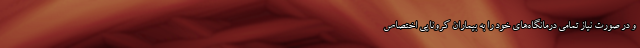
و در صورت نیاز تمامی درمانگاه‌های خود را به بیماران کرونایی اختصاص